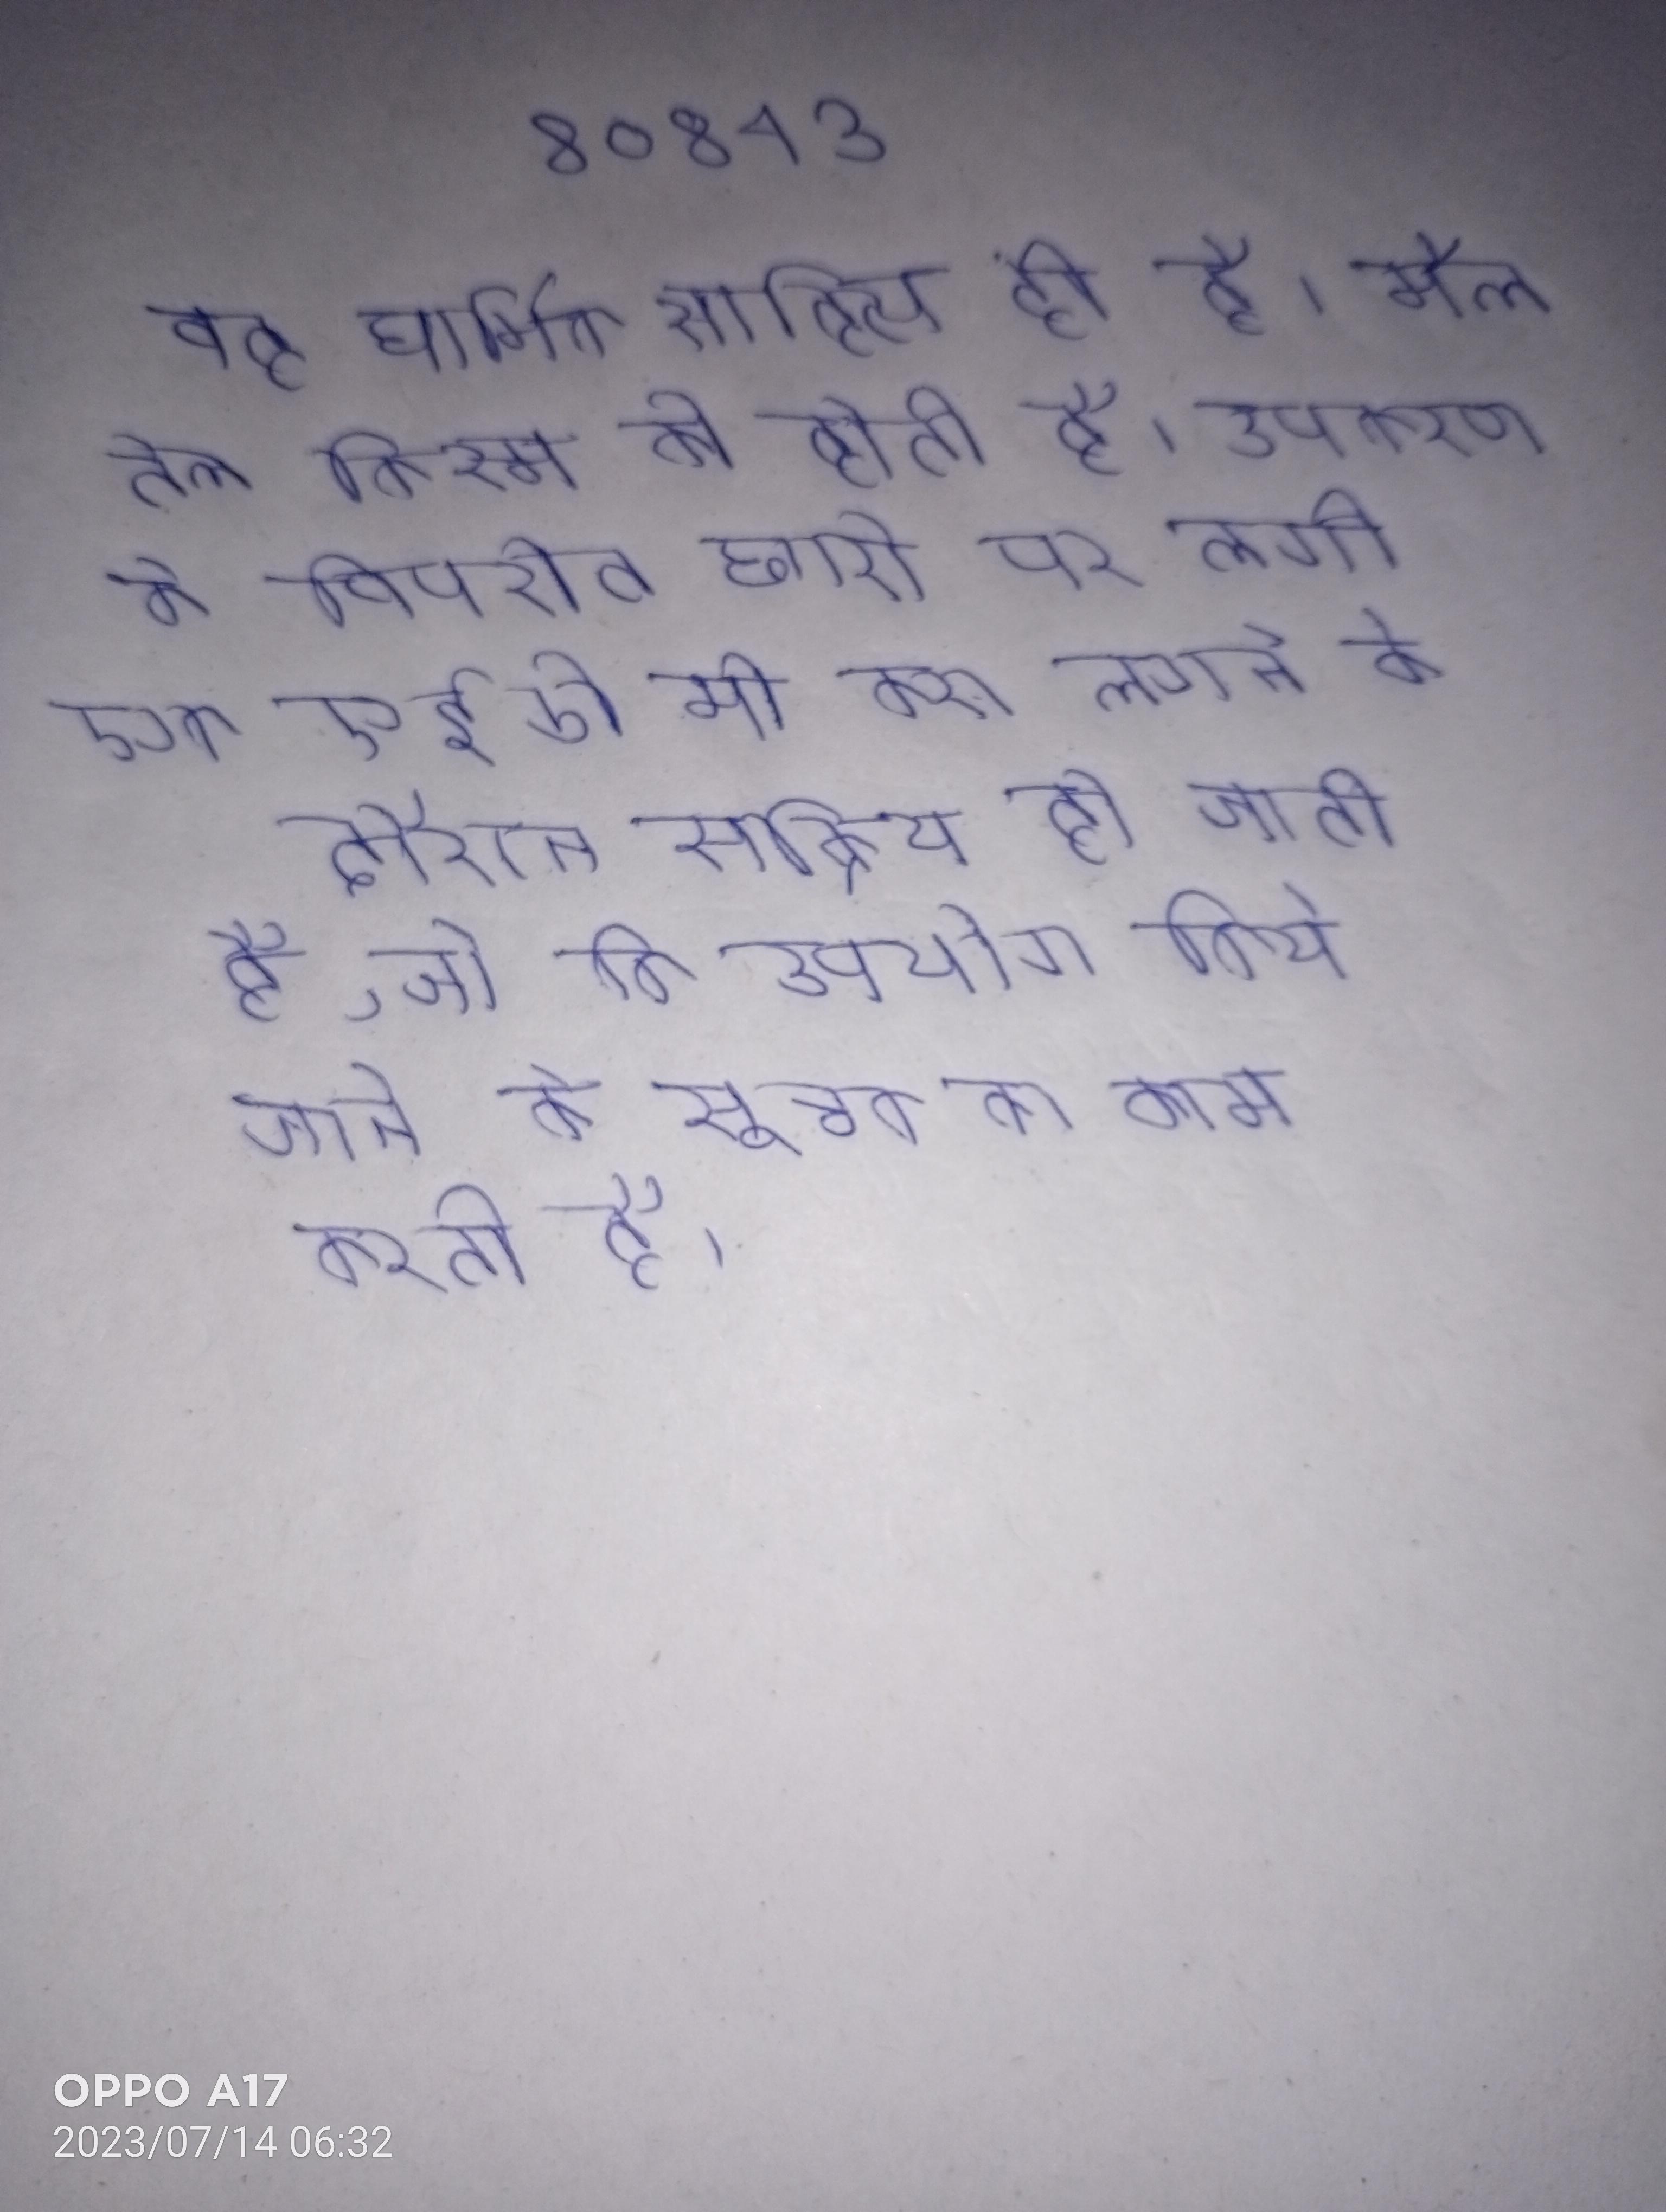
वह धार्मिक साहित्य ही है । मैल तेल किस्म की होती है । उपकरण के विपरीत छोर पर लगी एक एलईडी भी कश लगाने के दौरान सक्रिय हो जाती है, जो कि उपयोग किये जाने के सूचक का काम करती है ।